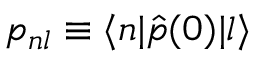
p _ { n l } \equiv \langle n | \hat { p } ( 0 ) | l \rangle